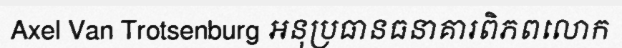
Axel Van Trotsenburg អនុប្រធានធនាគារពិភពលោក